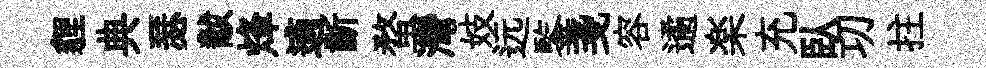
貍典瑟黻烽適齗蝥灣妓远鍳戔容遹楽充臥㓛拄